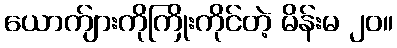
ယောက်ျားကိုကြိုးကိုင်တဲ့ မိန်းမ ၂၀။